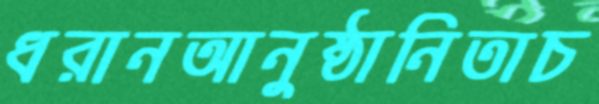
ধরানআনুষ্ঠানিতাচ